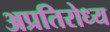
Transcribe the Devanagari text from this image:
अप्रतिरोध्य